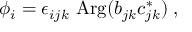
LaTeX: \phi _ { i } = \epsilon _ { i j k } ~ \mathrm { A r g } ( b _ { j k } c _ { j k } ^ { * } ) \; ,